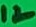
Text: 12